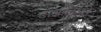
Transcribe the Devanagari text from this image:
टांझानिआने